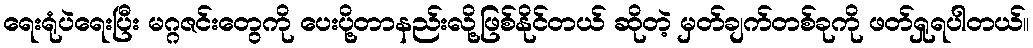
ရေးရုံပဲရေးပြီး မဂ္ဂဇင်းတွေကို ပေးပို့တာနည်းလို့ဖြစ်နိုင်တယ် ဆိုတဲ့ မှတ်ချက်တစ်ခုကို ဖတ်ရှုရပါတယ်။